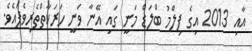
އާއި 2013 އިގެ ފިލްމު ބްލަޑް މަނީ ގައި އޭނާ ވަނީ ހަރަކާތްތެރިވެފައެވެ.